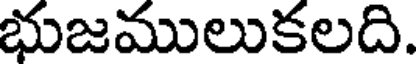
భుజములుకలది.